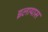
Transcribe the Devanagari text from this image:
इलायास